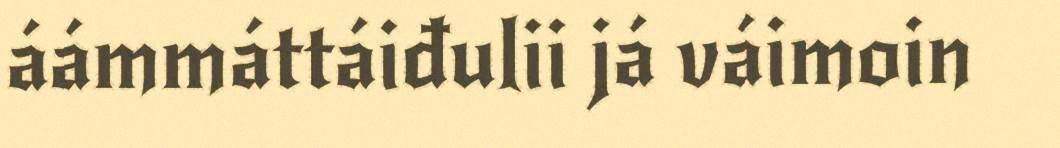
áámmáttáiđulii já váimoin